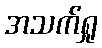
အသက်ရှု